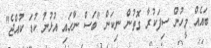
ބައެއް މީހުން ސިފަކުރާ ގޮތުން ނިކަން "ބަސް ނާހައި އުޅުނު ކުޑަ ކުއްޖެ"